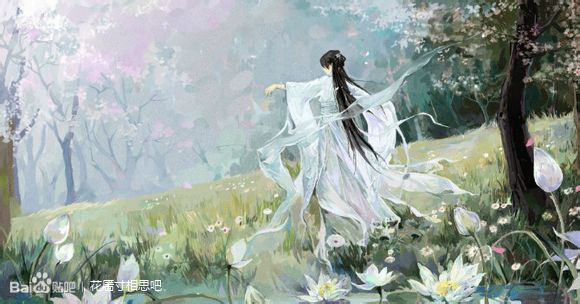
劝君莫惜花前醉，今年花谢，明年花谢，白了人头。